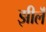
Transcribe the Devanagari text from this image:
झीलॆं